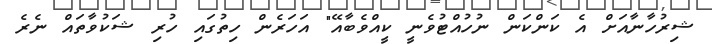
ޝިރުހާނާއަށް އެ ކަންކަން ނުހުއްޓުވެނީ ކީއްވެބާއޭ" އަހަރެން ހިތުގައި ހުރި ޝަކުވާތައް ނެރެ